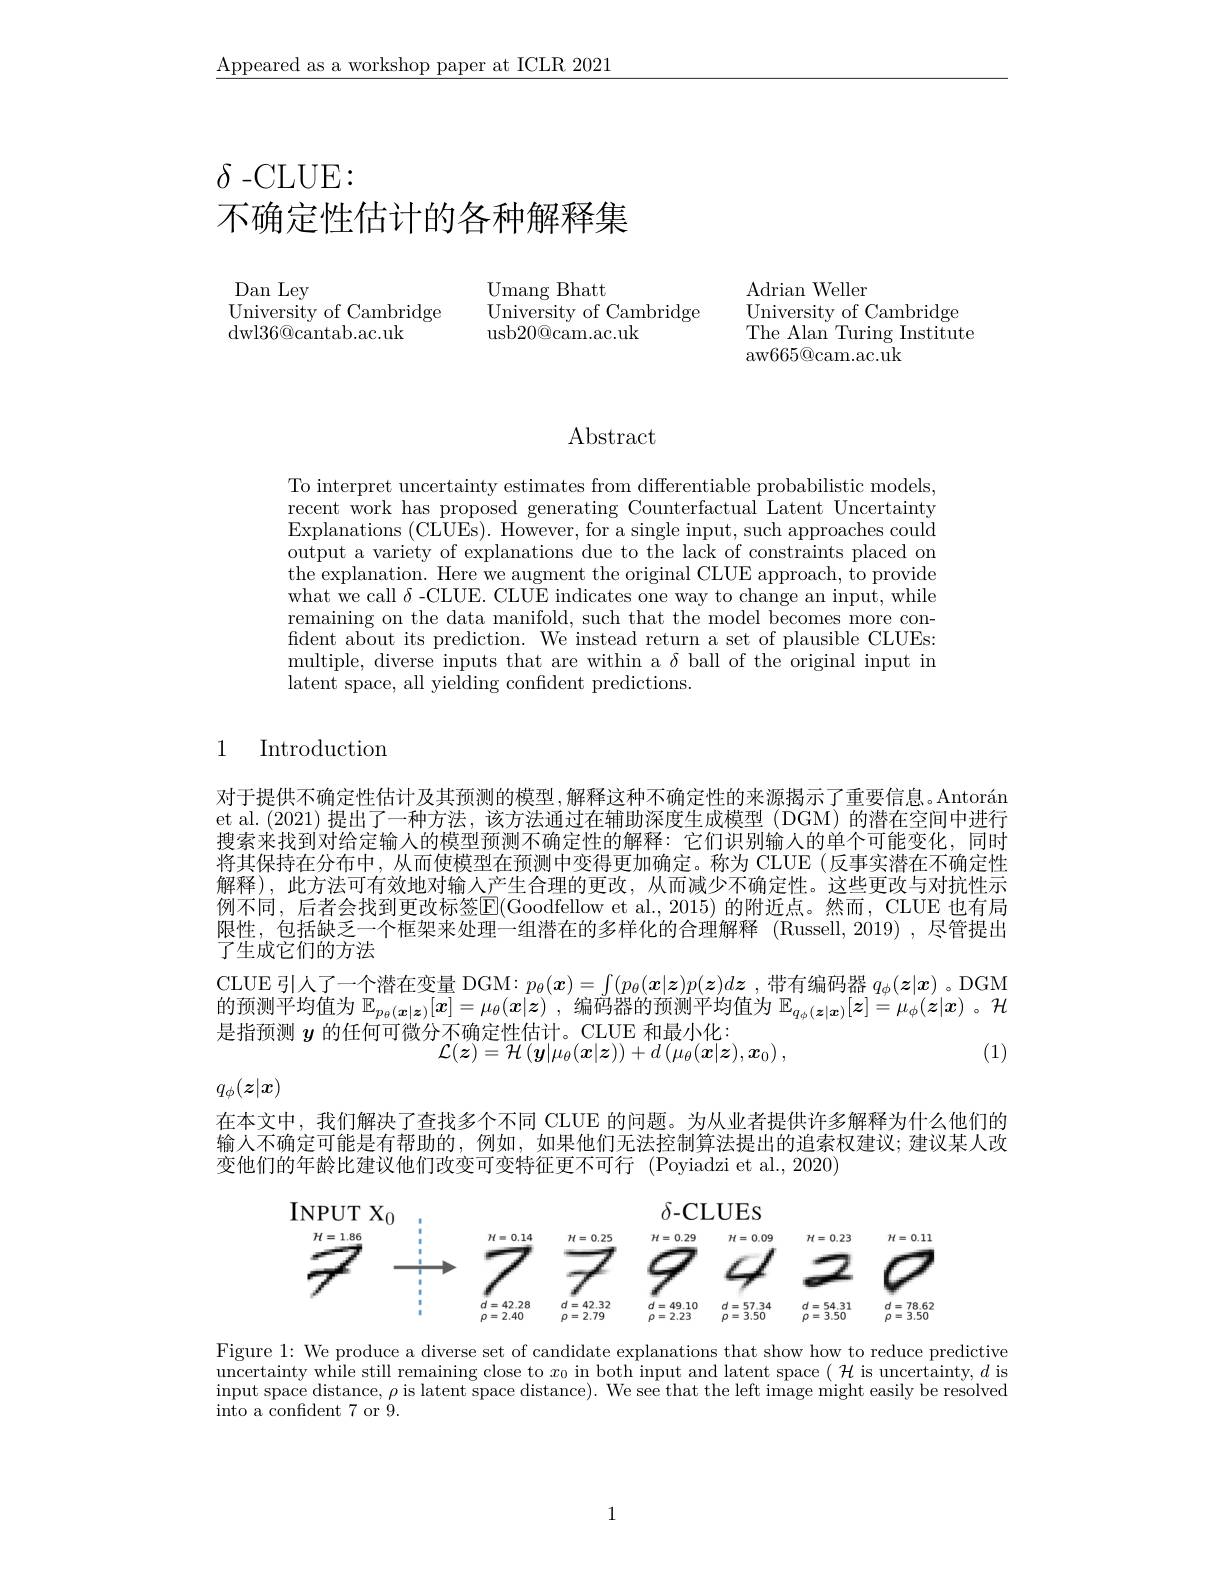
$\underline{\text{Appeared as a workshop paper at ICLR 2021}}$

# $\delta$ -CLUE:
不确定性估计的各种解释集

Dan Ley
University of Cambridge
dwl36@ cantab. ac. uk

$\mathop{\mathrm{Umang~Bhatt}}$
University of Cambridge
usb20@cam.ac.uk

Adrian Weller
University of Cambridge The Alan Turing Institute aw665@cam.ac.uk

Abstract

To interpret uncertainty estimates from differentiable probabilistic models, recent work has proposed generating Counterfactual Latent Uncertainty Explanations (CLUEs). However, for a single input, such approaches could output a variety of explanations due to the lack of constraints placed on the explanation. Here we augment the original CLUE approach, to provide what we call $\delta$ -CLUE. CLUE indicates one way to change an input, while remaining on the data manifold, such that the model becomes more confident about its prediction. We'instead return a set of plausible CLUEs: multiple, diverse inputs that are within a $\delta$ ball of the original input in latent space, all yielding confident predictions.

## 1 Introduction

对于提供不确定性估计及其预测的模型，解释这种不确定性的来源揭示了重要信息。Antorán et al.(2021)提出了一种方法，该方法通过在辅助深度生成模型(DGM)的潜在空间中进行搜索来找到对给定输人的模型预测不确定性的解释：它们识别输人的单个可能变化，同时将其保持在分布中，从而使模型在预测中变得更加确定。称为 CLUE(反事实潜在不确定性解释),此方法可有效地对输人产生合理的更改，从而减少不确定性。这些更改与对抗性示例不同，后者会找到更改标签$\overline{\mathrm{E}}($Goodfellow et al.,2015)的附近点。然而，CLUE 也有局限性，包括缺乏一个框架来处理一组潜在的多样化的合理解释 (Russell,2019) ,尽管提出了生成它们的方法
CLUE引人了一个潜在变量 DGM: $p_\theta(\boldsymbol{x})=\int(p_\theta(\boldsymbol{x}|\boldsymbol{z})p(\boldsymbol{z})d\boldsymbol{z}$,带有编码器$q_\phi(\boldsymbol{z}|\boldsymbol{x})$ 。DGM 的预测平均值为$\mathbb{E}_p_\theta(\boldsymbol{x}|\boldsymbol{z})[\overline{\boldsymbol{x}}]=\mu_\theta(\boldsymbol{x}|\boldsymbol{z})$,编码器的预测平均值为$\mathbb{E}_q_\phi(\boldsymbol{z}|\boldsymbol{x})[\boldsymbol{z}]=\mu_\phi(\boldsymbol{z}|\boldsymbol{x})$ 。是指预测$y$的任何可微分不确定性估计。CLUE 和最小化：
(1)
$\mathcal{L}(\boldsymbol{z})=\mathcal{H}\left(\boldsymbol{y}|\mu_{\theta}(\boldsymbol{x}|\boldsymbol{z})\right)+d\left(\mu_{\theta}(\boldsymbol{x}|\boldsymbol{z}),\boldsymbol{x}_{0}\right)$,
$q_\phi(z|x)$

在本文中，我们解决了查找多个不同 CLUE 的问题。为从业者提供许多解释为什么他们的输人不确定可能是有帮助的，例如，如果他们无法控制算法提出的追索权建议；建议某人改变他们的年龄比建议他们改变可变特征更不可行 (Poyiadzi et al., 2020)

<FigureHere>

Figure 1: We produce a diverse set of candidate explanations that show how to reduce predictive $\begin{array}{c}\text{uncertainty while still remaining close to }x_0\text{ in both input and latent space }(\mathcal{H}\text{ is uncertainty, }d\text{ is}\\\text{uncertainty while still remaining close to }x_0\text{ in both input and latent space }(\mathcal{H}\text{ is uncartainty, }d\text{ is})\\\text{ is uncertainty wille}\end{array}$ $\begin{array}{l}\text{input space distance, }\rho\text{ is latent space distance). We see that the left image might easily be resolved}\\\text{into a confident 7 or 9.}\end{array}$